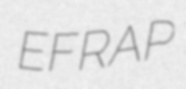
EFRAP